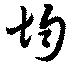
均